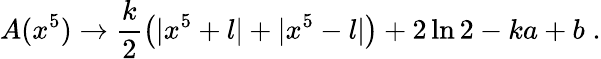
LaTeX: A(x^{5})\rightarrow\frac{k}{2}\left(|x^{5}+l|+|x^{5}-l|\right)+2\ln 2-ka+b\; .